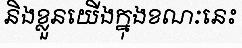
និងខ្លួនយើងក្នុងខណៈនេះ